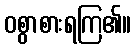
ဝစွာစားရကြ၏။